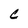
Character: C